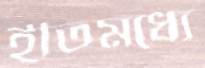
ইতিমধ্যে